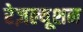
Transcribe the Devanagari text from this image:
रेज़ल्यूशन